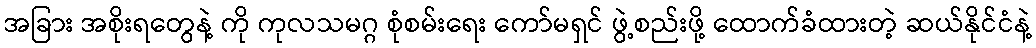
အခြား အစိုးရတွေနဲ့ ကို ကုလသမဂ္ဂ စုံစမ်းရေး ကော်မရှင် ဖွဲ့စည်းဖို့ ထောက်ခံထားတဲ့ ဆယ်နိုင်ငံနဲ့